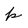
Character: p